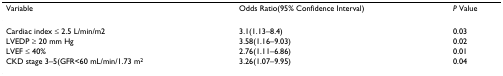
| Variable | Odds Ratio(95% Confidence Interval) | P Value |
 | --- | --- | --- |
 | Cardiac index ≤ 2.5 L/min/m2 | 3.1(1.13–8.4) | 0.03 |
 | LVEDP ≥ 20 mm Hg | 3.58(1.16–9.03) | 0.02 |
 | LVEF ≤ 40% | 2.76(1.11–6.86) | 0.01 |
 | CKD stage 3–5(GFR<60 mL/min/1.73 m2 | 3.26(1.07–9.95) | 0.04 |